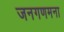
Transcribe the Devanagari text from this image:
जनगणमना